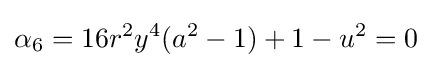
\alpha _{6}=16r^{2}y^{4}(a^{2}-1)+1-u^{2}=0